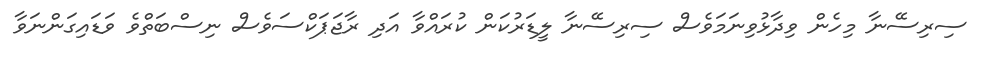
ސިރިސޭނާ މިހެން ވިދާޅުވިނަމަވެސް ސިރިސޭނާ ލީޑަރުކަން ކުރައްވާ އަދި ރާޖަޕަކްސަވެސް ނިސްބަތްވެ ވަޑައިގަންނަވާ